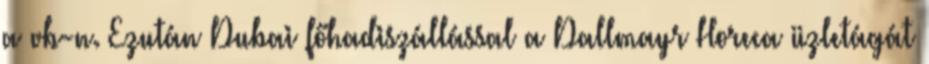
a vb-n. Ezután Dubai főhadiszállással a Dallmayr Horeca üzletágát